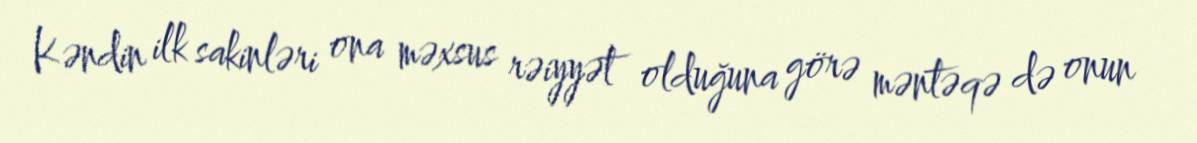
Kəndin ilk sakinləri ona məxsus rəiyyət olduğuna görə məntəqə də onun